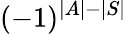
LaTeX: (-1)^{|A|-|S|}